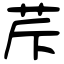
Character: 𦭐